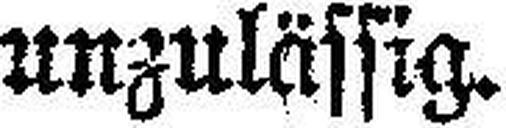
unzulässig.